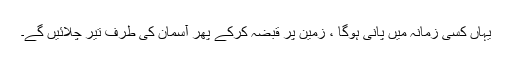
یہاں کسی زمانہ میں پانی ہوگا ، زمین پر قبضہ کرکے پھر آسمان کی طرف تیر چلائیں گے۔